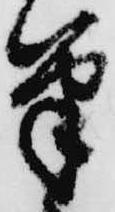
筆